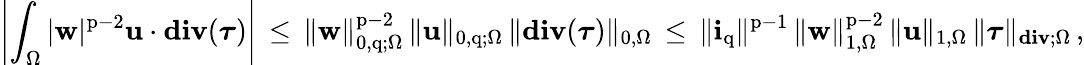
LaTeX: \left|\int_{\Omega}|{\mathbf{w}}|^{\mathrm{p}-2}\mathbf{u}\cdot\mathbf{div}({\boldsymbol\tau})\right|\, \leq\, \| {\mathbf{w}}\| _{0,\mathrm{q};\Omega}^{\mathrm{p}-2}\, \| \mathbf{u}\| _{0,\mathrm{q};\Omega}\, \| \mathbf{div}({\boldsymbol\tau})\| _{0,\Omega}\, \leq\, \| \mathbf{i}_{\mathrm{q}}\| ^{\mathrm{p}-1}\, \| {\mathbf{w}}\| _{1,\Omega}^{\mathrm{p}-2}\, \| \mathbf{u}\| _{1,\Omega}\, \| {\boldsymbol\tau}\| _{\mathbf{div};\Omega}\, ,